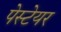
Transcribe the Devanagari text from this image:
पेस्टेयर